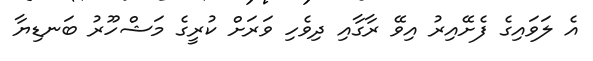
އެ ލަވައިގެ ފެށޭއިރު އިވޭ ރާގާއި ދިވެހި ވަރަށް ކުރީގެ މަޝްހޫރު ބަނޑިޔާ